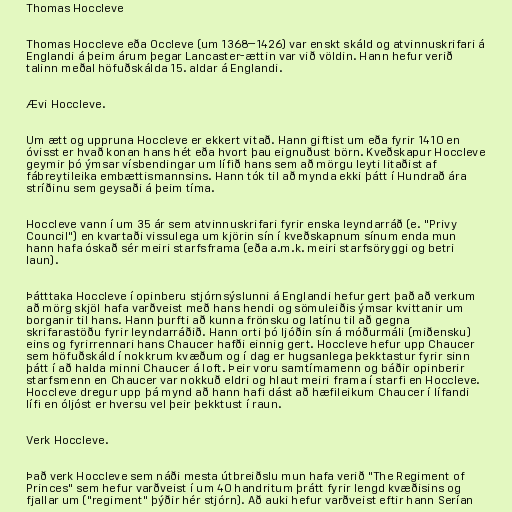
Thomas Hoccleve

Thomas Hoccleve eða Occleve (um 1368–1426) var enskt skáld og atvinnuskrifari á
Englandi á þeim árum þegar Lancaster-ættin var við völdin. Hann hefur verið
talinn meðal höfuðskálda 15. aldar á Englandi.

Ævi Hoccleve.

Um ætt og uppruna Hoccleve er ekkert vitað. Hann giftist um eða fyrir 1410 en
óvisst er hvað konan hans hét eða hvort þau eignuðust börn. Kveðskapur Hoccleve
geymir þó ýmsar vísbendingar um lífið hans sem að mörgu leyti litaðist af
fábreytileika embættismannsins. Hann tók til að mynda ekki þátt í Hundrað ára
stríðinu sem geysaði á þeim tíma.

Hoccleve vann í um 35 ár sem atvinnuskrifari fyrir enska leyndarráð (e. "Privy
Council") en kvartaði vissulega um kjörin sín í kveðskapnum sínum enda mun
hann hafa óskað sér meiri starfsframa (eða a.m.k. meiri starfsöryggi og betri
laun).

Þátttaka Hoccleve í opinberu stjórnsýslunni á Englandi hefur gert það að verkum
að mörg skjöl hafa varðveist með hans hendi og sömuleiðis ýmsar kvittanir um
borganir til hans. Hann þurfti að kunna frönsku og latínu til að gegna
skrifarastöðu fyrir leyndarráðið. Hann orti þó ljóðin sín á móðurmáli (miðensku)
eins og fyrirrennari hans Chaucer hafði einnig gert. Hoccleve hefur upp Chaucer
sem höfuðskáld í nokkrum kvæðum og í dag er hugsanlega þekktastur fyrir sinn
þátt í að halda minni Chaucer á loft. Þeir voru samtímamenn og báðir opinberir
starfsmenn en Chaucer var nokkuð eldri og hlaut meiri frama í starfi en Hoccleve.
Hoccleve dregur upp þá mynd að hann hafi dást að hæfileikum Chaucer í lífandi
lífi en óljóst er hversu vel þeir þekktust í raun.

Verk Hoccleve.

Það verk Hoccleve sem náði mesta útbreiðslu mun hafa verið "The Regiment of
Princes" sem hefur varðveist í um 40 handritum þrátt fyrir lengd kvæðisins og
fjallar um ("regiment" þýðir hér stjórn). Að auki hefur varðveist eftir hann Serían